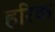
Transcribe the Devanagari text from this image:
हरिक